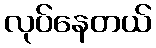
လုပ်နေတယ်